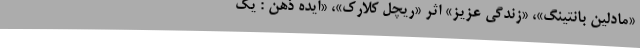
«مادلین بانتینگ»، «زندگی عزیز» اثر «ریچل کلارک»، «ایده‌ ذهن : یک